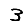
Digit: 3